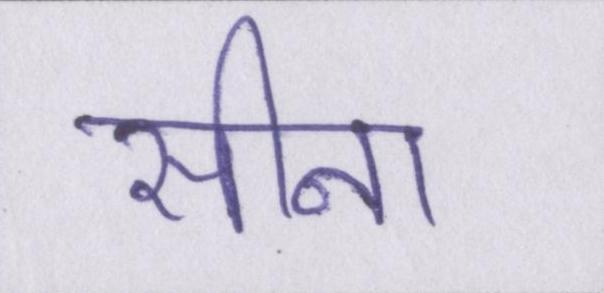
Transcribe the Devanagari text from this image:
सीना